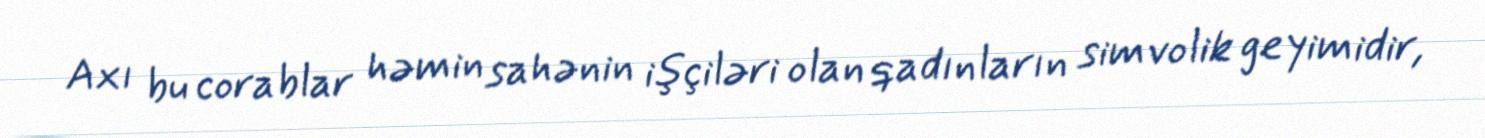
Axı bu corablar həmin sahənin işçiləri olan qadınların simvolik geyimidir,